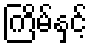
ကြိမ်နှင့်